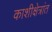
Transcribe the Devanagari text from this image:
काशीक्षेत्रांत